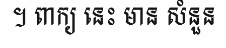
។ ពាក្យ នេះ មាន សំនួន